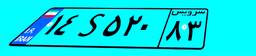
۴۵S۳۲۲۳۴